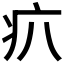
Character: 𤴭